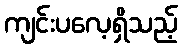
ကျင်းပလေ့ရှိသည့်